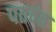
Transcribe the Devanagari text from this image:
पतवंत